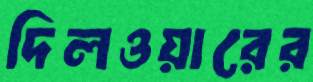
দিলওয়ারের